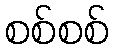
စစ်စစ်